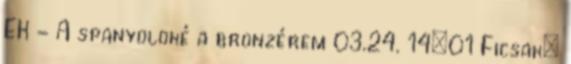
EK - A spanyoloké a bronzérem 03.24. 14:01 Ficsak: